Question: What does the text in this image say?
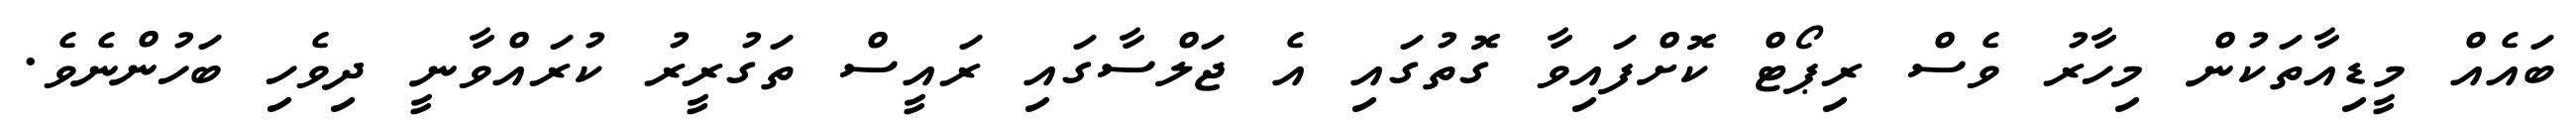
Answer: ބައެއް މީޑިއާތަކުން މިހާރު ވެސް ރިޕޯޓް ކޮށްފައިވާ ގޮތުގައި އެ ޖަލްސާގައި ރައީސް ތަގުރީރު ކުރައްވާނީ ދިވެހި ބަހުންނެވެ.